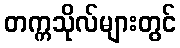
တက္ကသိုလ်များတွင်